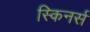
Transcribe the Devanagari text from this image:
स्किनर्स